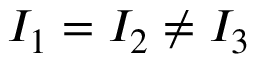
I _ { 1 } = I _ { 2 } \ne I _ { 3 }